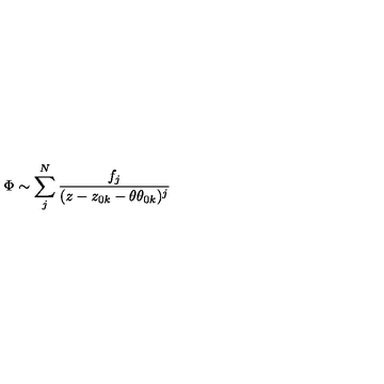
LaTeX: \Phi \sim \sum _ { j } ^ { N } \frac { f _ { j } } { ( z - z _ { 0 k } - \theta \theta _ { 0 k } ) ^ { j } }